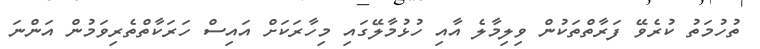
ތުހުމަތު ކުރެވޭ ފަރާތްތަކުން ވިލިމާލެ އާއި ހުޅުމާލޭގައި މިހާރަކަށް އައިސް ހަރަކާތްތެރިވަމުން އަންނަ